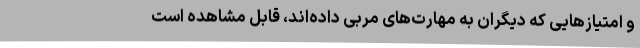
و امتیازهایی که دیگران به مهارت‌های مربی داده‌اند، قابل مشاهده است